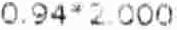
0.94*2000